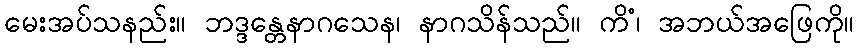
မေးအပ်သနည်း။ ဘဒ္ဒန္တေနာဂသေန၊ နာဂသိန်သည်။ ကိံ၊ အဘယ်အဖြေကို။